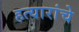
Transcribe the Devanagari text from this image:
हत्यारांचे